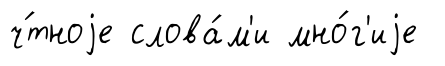
ч́тноjе слова́м'и мно́г'иjе